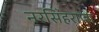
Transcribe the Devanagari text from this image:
नरसिंहराजा